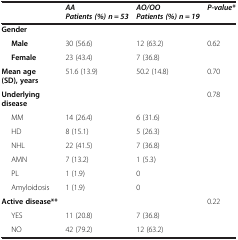
<table><thead><tr><td><b> </b></td><td><b><i>AA </i><i>Patients (%) n = 53</i></b></td><td><b><i>AO/OO </i><i>Patients (%) n = 19</i></b></td><td><b><i>P-value*</i></b></td></tr></thead><tbody><tr><td><b>Gender</b></td><td> </td><td> </td><td> </td></tr><tr><td><b>Male</b></td><td>30 (56.6)</td><td>12 (63.2)</td><td>0.62</td></tr><tr><td><b>Female</b></td><td>23 (43.4)</td><td>7 (36.8)</td><td> </td></tr><tr><td><b>Mean age (SD), years</b></td><td>51.6 (13.9)</td><td>50.2 (14.8)</td><td>0.70</td></tr><tr><td><b>Underlying disease</b></td><td> </td><td> </td><td>0.78</td></tr><tr><td>MM</td><td>14 (26.4)</td><td>6 (31.6)</td><td> </td></tr><tr><td>HD</td><td>8 (15.1)</td><td>5 (26.3)</td><td> </td></tr><tr><td>NHL</td><td>22 (41.5)</td><td>7 (36.8)</td><td> </td></tr><tr><td>AMN</td><td>7 (13.2)</td><td>1 (5.3)</td><td> </td></tr><tr><td>PL</td><td>1 (1.9)</td><td>0</td><td> </td></tr><tr><td>Amyloidosis</td><td>1 (1.9)</td><td>0</td><td> </td></tr><tr><td><b>Active disease**</b></td><td> </td><td> </td><td>0.22</td></tr><tr><td>YES</td><td>11 (20.8)</td><td>7 (36.8)</td><td> </td></tr><tr><td>NO</td><td>42 (79.2)</td><td>12 (63.2)</td><td> </td></tr></tbody></table>